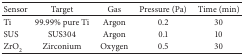
| Sensor | Target | Gas | Pressure (Pa) | Time (min) |
 | --- | --- | --- | --- | --- |
 | Ti | 99.99% pure Ti | Argon | 0.2 | 30 |
 | SUS | SUS304 | Argon | 0.1 | 10 |
 | ZrO2 | Zirconium | Oxygen | 0.5 | 30 |